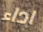
اداء